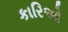
કારિઓ